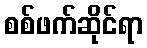
စစ်ဖက်ဆိုင်ရာ